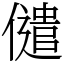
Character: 儙